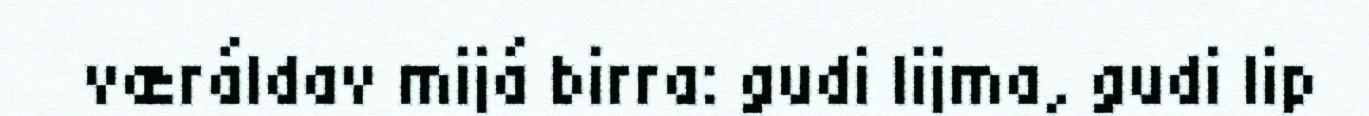
væráldav mijá birra: gudi lijma, gudi lip